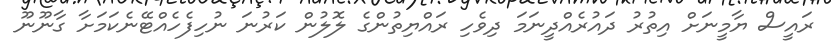
ރައީސް ޔާމީނަށް އިތުރު ދައުރެއްދީނަމަ ދިވެހި ރައްޔިތުންގެ ލޮލުން ކަރުނަ ނުހިފެހެއްޓޭނެކަމަށާ ގާނޫނޫ